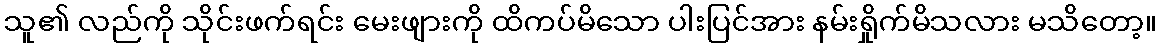
သူ၏ လည်ကို သိုင်းဖက်ရင်း မေးဖျားကို ထိကပ်မိသော ပါးပြင်အား နမ်းရှိုက်မိသလား မသိတော့။